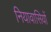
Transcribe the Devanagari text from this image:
नियावासियों